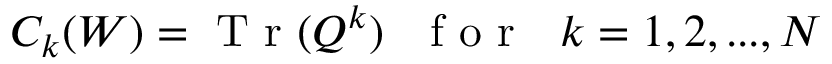
C _ { k } ( W ) = \mathrm { ~ T ~ r ~ } ( Q ^ { k } ) \ \ \mathrm { ~ f ~ o ~ r ~ } \ \ k = 1 , 2 , . . . , N